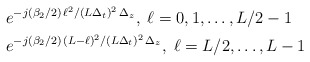
\begin{align*} & e^{-j (\beta_2/2) \, \ell^2/(L\Delta_t)^2 \, \Delta_z }, \; \ell=0,1,\ldots,L/2-1 \\ & e^{-j (\beta_2/2) \, (L-\ell)^2/(L\Delta_t)^2 \, \Delta_z }, \; \ell=L/2,\ldots,L-1\end{align*}